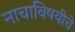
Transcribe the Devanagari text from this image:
नाचाविषयीचे